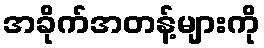
အခိုက်အတန့်များကို